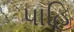
પાહિ